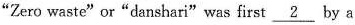
"Zero wste" or"danshari" was first \underline{2} by a